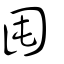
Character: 囤